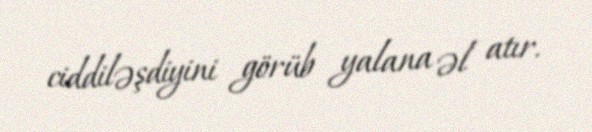
ciddiləşdiyini görüb yalana əl atır.